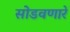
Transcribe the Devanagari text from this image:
सोडवणारे